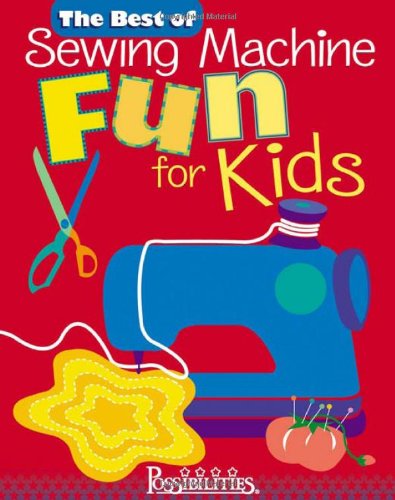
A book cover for Best of Sewing Machine Fun For Kids -The; Lynda Milligan; Crafts, Hobbies & Home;